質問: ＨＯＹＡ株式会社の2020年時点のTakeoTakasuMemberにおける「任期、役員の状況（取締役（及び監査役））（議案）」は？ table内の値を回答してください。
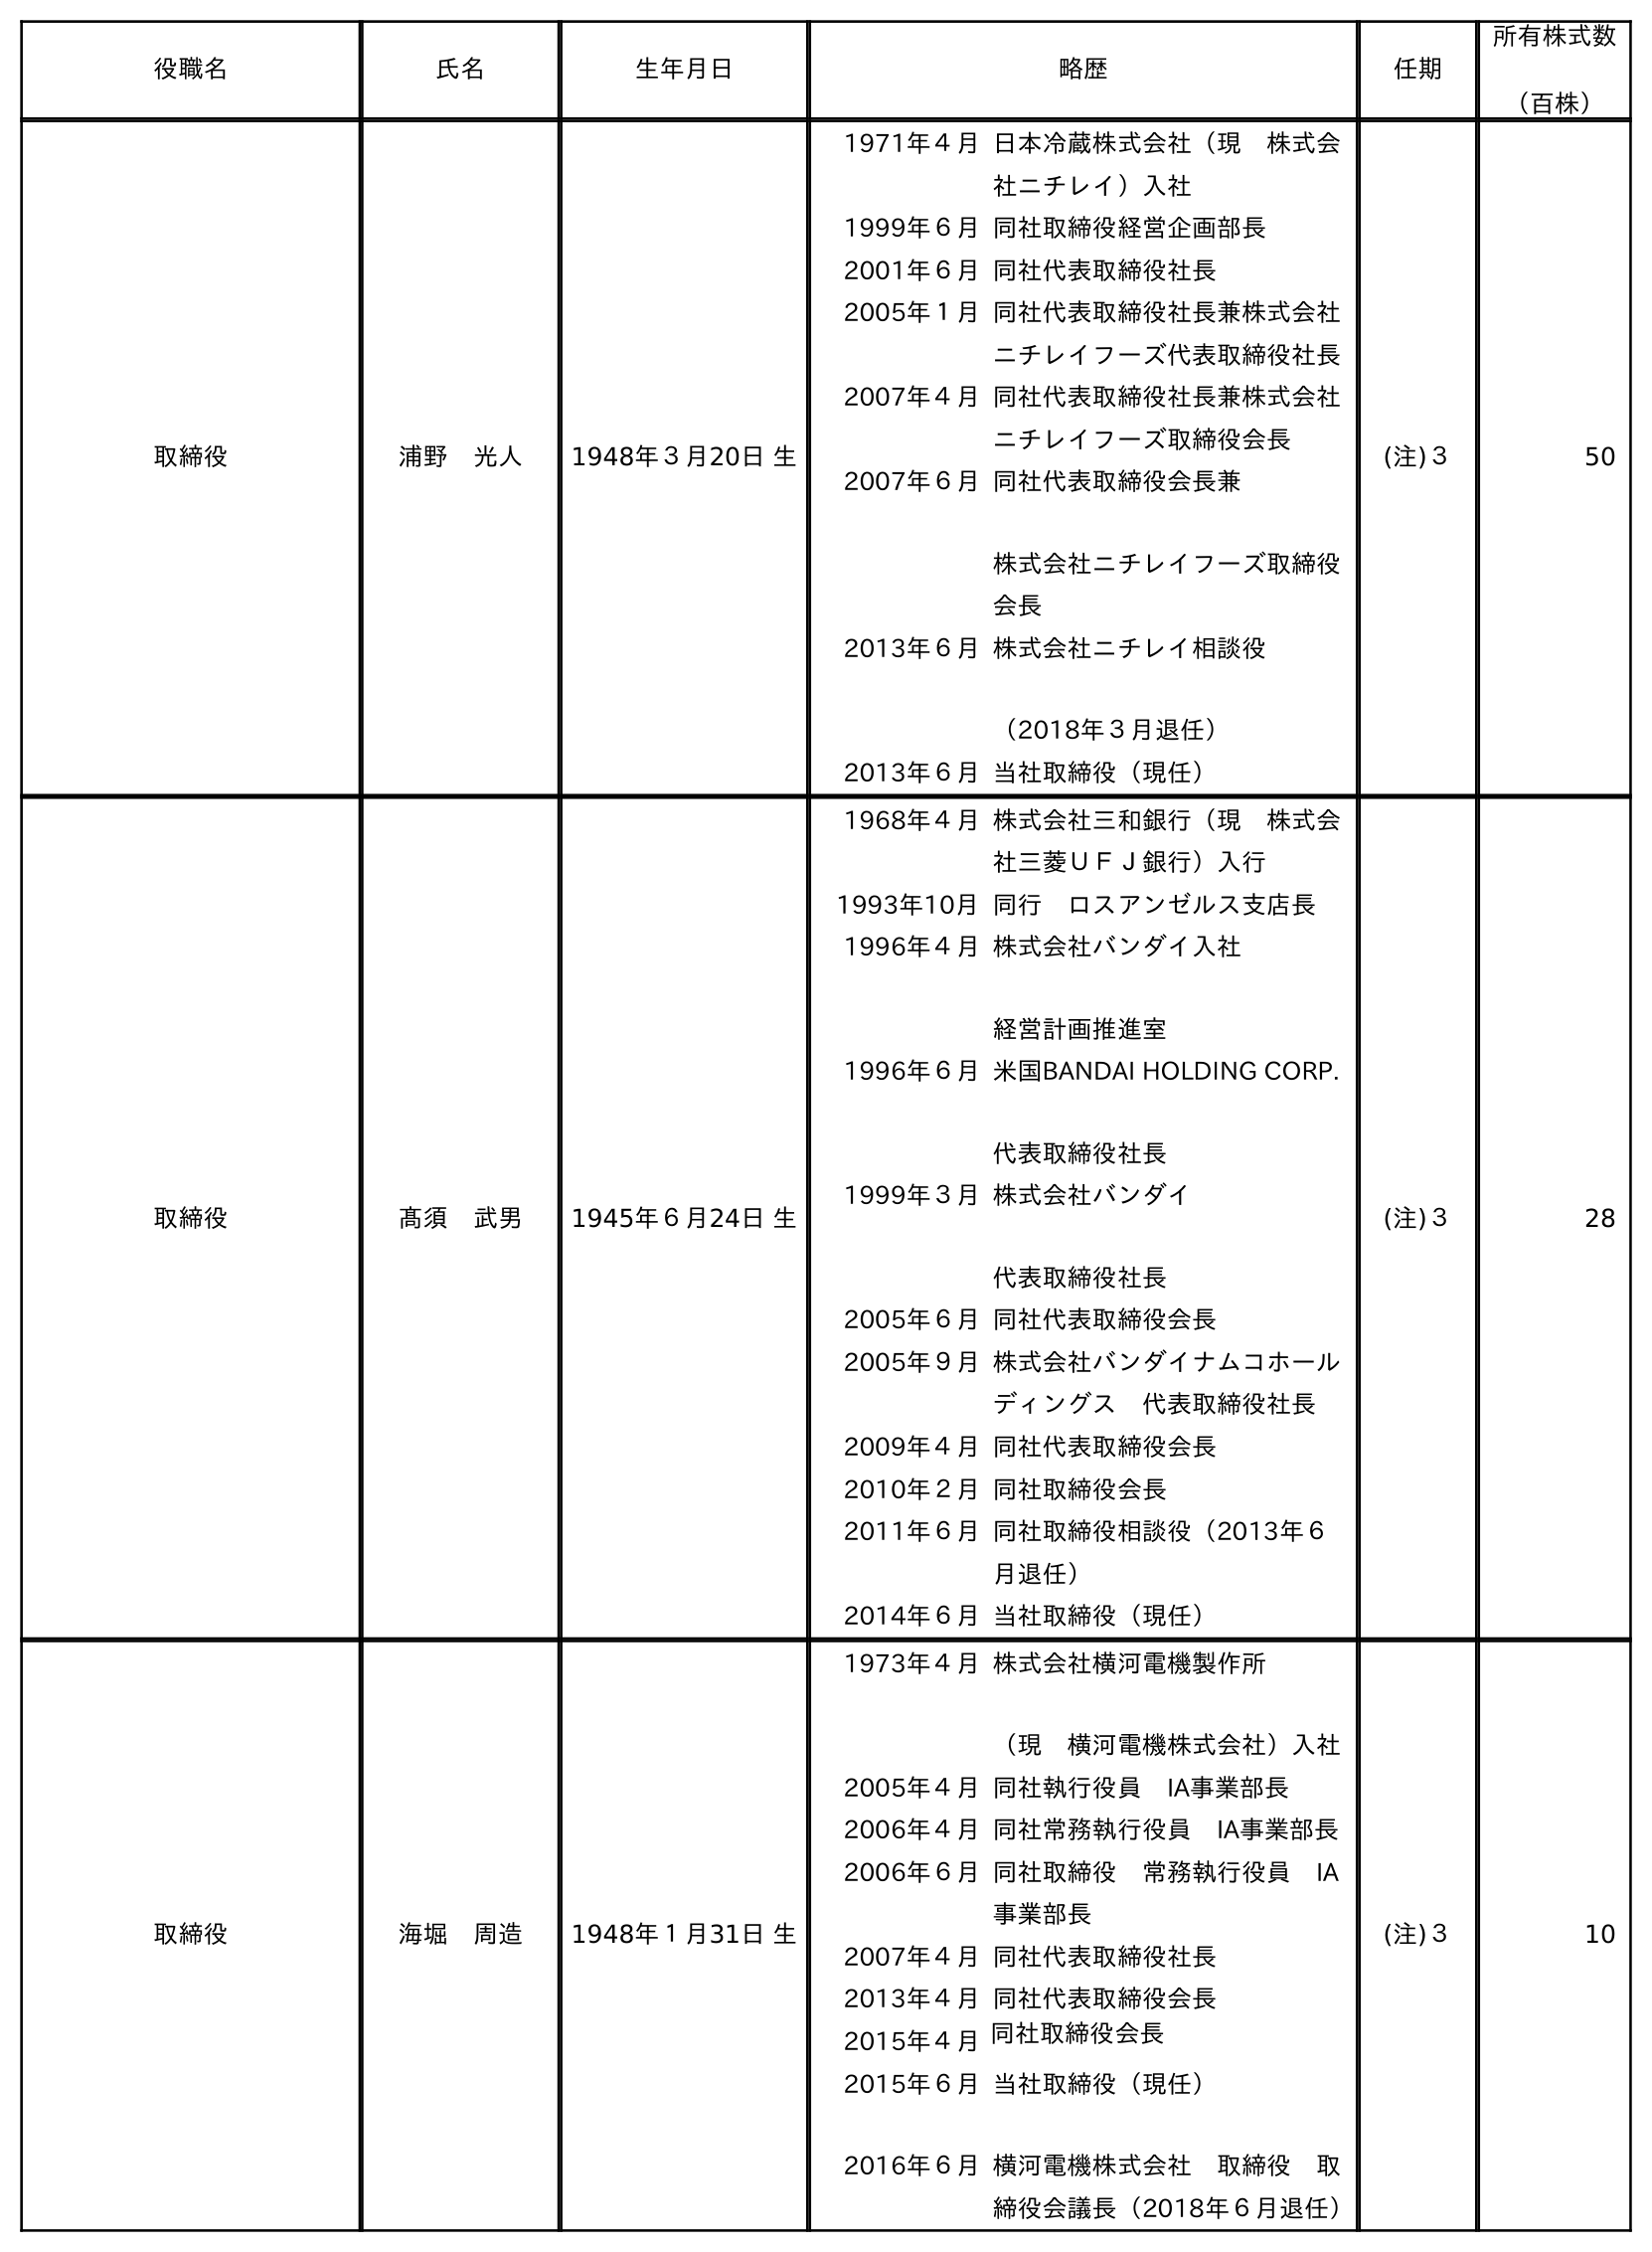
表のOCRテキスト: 役職名 氏名 生年月日 略歴 任期 所有株式数 （百株） 取締役 浦野 光人 1948年３月20日 生 1971年４月日本冷蔵株式会社（現 株式会 社ニチレイ）入社 1999年６月同社取締役経営企画部長 2001年６月同社代表取締役社長 2005年１月同社代表取締役社長兼株式会社 ニチレイフーズ代表取締役社長 2007年４月同社代表取締役社長兼株式会社 ニチレイフーズ取締役会長 2007年６月同社代表取締役会長兼 株式会社ニチレイフーズ取締役 会長 2013年６月株式会社ニチレイ相談役 （2018年３月退任） 2013年６月当社取締役（現任） (注)３ 50 取締役 髙須 武男 1945年６月24日 生 1968年４月株式会社三和銀行（現 株式会 社三菱ＵＦＪ銀行）入行 1993年10月同行 ロスアンゼルス支店長 1996年４月株式会社バンダイ入社 経営計画推進室 1996年６月米国BANDAI HOLDING CORP. 代表取締役社長 1999年３月株式会社バンダイ 代表取締役社長 2005年６月同社代表取締役会長 2005年９月株式会社バンダイナムコホール ディングス 代表取締役社長 2009年４月同社代表取締役会長 2010年２月同社取締役会長 2011年６月同社取締役相談役（2013年６ 月退任） 2014年６月当社取締役（現任） (注)３ 28 取締役 海堀 周造 1948年１月31日 生 1973年４月株式会社横河電機製作所 （現 横河電機株式会社）入社 2005年４月同社執行役員 IA事業部長 2006年４月同社常務執行役員 IA事業部長 2006年６月同社取締役 常務執行役員 IA 事業部長 2007年４月同社代表取締役社長 2013年４月同社代表取締役会長 2015年４月同社取締役会長 2015年６月 2016年６月 当社取締役（現任） 横河電機株式会社 取締役 取 締役会議長（2018年６月退任） (注)３ 10
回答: (注)３